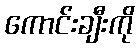
ကောင်းချီးကို